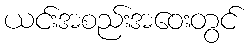
ယင်းအစည်းအဝေးတွင်